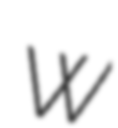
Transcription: W